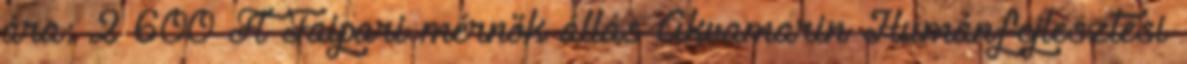
ára: 2 600 Ft Faipari mérnök állás Akvamarin Humánfejlesztési